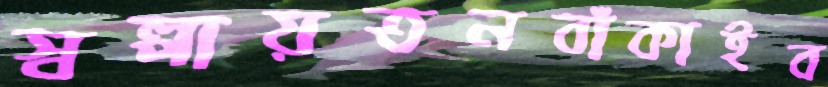
স্বল্পায়তনবাঁকাইব